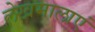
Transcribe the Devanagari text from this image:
लेखमालाएं